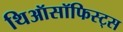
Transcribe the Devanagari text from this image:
थिऑसॉफिस्ट्स